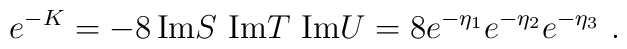
e^{-K}=  -8\, {\rm Im} S\   {\rm Im} T\    {\rm Im} U  = 8e^{-\eta_1}e^{-\eta_2}e^{-\eta_3}\ .